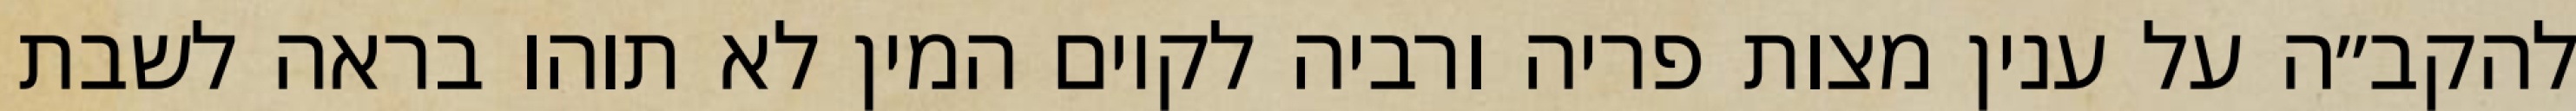
להקב״ה על ענין מצות פריה ורביה לקיום המין לא תוהו בראה לשבת